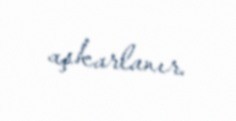
aşkarlanır.